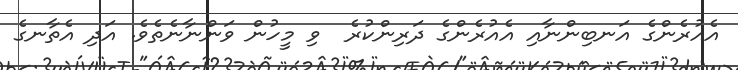
އެއުރެންގެ އަނބިންނާއި އެއުރެންގެ ދަރިންކުރެ  ވި މީހުން ވަންނާނެތެވެ. އަދި އެތާނގެ